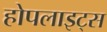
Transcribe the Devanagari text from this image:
होपलाइट्स